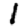
Digit: 1